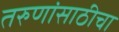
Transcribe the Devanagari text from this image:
तरुणांसाठीचा